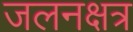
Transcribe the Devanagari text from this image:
जलनक्षत्र